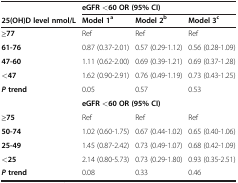
<table><thead><tr><td><b> </b></td><td colspan="3"><b>eGFR &lt;60 OR (95% CI)</b></td></tr><tr><td><b>25(OH)D level nmol/L</b></td><td><b>Model 1<sup>a</sup></b></td><td><b>Model 2<sup>b</sup></b></td><td><b>Model 3<sup>c</sup></b></td></tr></thead><tbody><tr><td><b>≥77</b></td><td>Ref</td><td>Ref</td><td>Ref</td></tr><tr><td><b>61-76</b></td><td>0.87 (0.37-2.01)</td><td>0.57 (0.29-1.12)</td><td>0.56 (0.28-1.09)</td></tr><tr><td><b>47-60</b></td><td>1.11 (0.62-2.00)</td><td>0.69 (0.39-1.21)</td><td>0.69 (0.37-1.28)</td></tr><tr><td><b>&lt;47</b></td><td>1.62 (0.90-2.91)</td><td>0.76 (0.49-1.19)</td><td>0.73 (0.43-1.25)</td></tr><tr><td><b><i>P</i></b><b>trend</b></td><td>0.05</td><td>0.57</td><td>0.53</td></tr><tr><td> </td><td colspan="3"><b>eGFR &lt;60 OR (95% CI)</b></td></tr><tr><td><b>≥75</b></td><td>Ref</td><td>Ref</td><td>Ref</td></tr><tr><td><b>50-74</b></td><td>1.02 (0.60-1.75)</td><td>0.67 (0.44-1.02)</td><td>0.65 (0.40-1.06)</td></tr><tr><td><b>25-49</b></td><td>1.45 (0.87-2.42)</td><td>0.73 (0.49-1.07)</td><td>0.68 (0.42-1.09)</td></tr><tr><td><b>&lt;25</b></td><td>2.14 (0.80-5.73)</td><td>0.73 (0.29-1.80)</td><td>0.93 (0.35-2.51)</td></tr><tr><td><b><i>P</i></b><b>trend</b></td><td>0.08</td><td>0.33</td><td>0.46</td></tr></tbody></table>